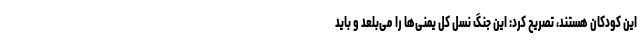
این کودکان هستند، تصریح کرد: این جنگ نسل کل یمنی‌ها را می‌بلعد و باید